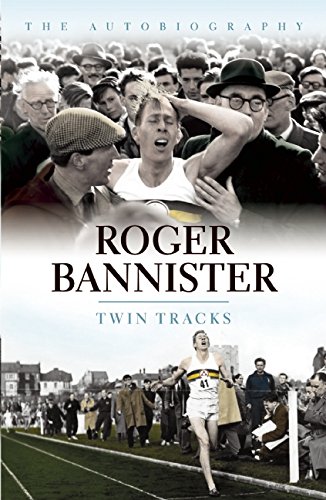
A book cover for Twin Tracks: The Autobiography; Roger Bannister; Sports & Outdoors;